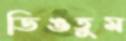
ডিঙতুম